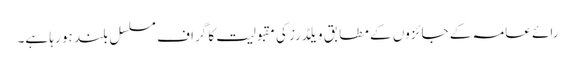
رائے عامہ کے جائزوں کے مطابق ویلڈرز کی مقبولیت کا گراف مسلسل بلند ہو رہا ہے۔